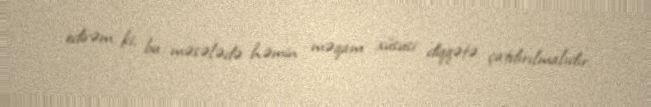
edirəm ki, bu məsələdə həmin məqam xüsusi diqqətə çatdırılmalıdır.